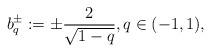
LaTeX: \begin{align*}b_q^\pm := \pm \frac2{\sqrt{1-q}}, q\in(-1,1),\end{align*}